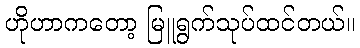
ဟိုဟာကတော့ မြူရွက်သုပ်ထင်တယ်။